Medical and sanitary report of the native army of Bengal for the year
Year: 1875
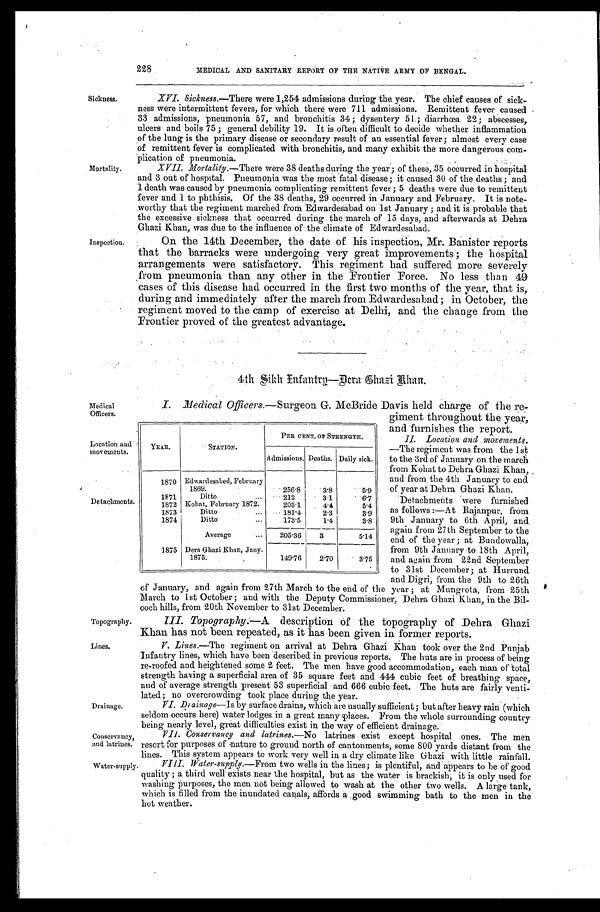
Topography
Lines.
228 MEDICAL AND SANITARY REPORT OF THE NATIVE ARMY OF BENGAL.
Sickness.
Mortality.
Inspection.
XVI. Sickness.—There were 1,254 admissions during the year. The chief causes of sick-
ness were intermittent fevers, for which there were 711 admissions. Remittent fever caused
33 admissions, pneumonia 57, and bronchitis 34; dysentery 51; diarrhœa 22; abscesses,
ulcers and boils 75; general debility 19. It is often difficult to decide whether inflammation
of the lung is the primary disease or secondary result of an essential fever; almost every case
of remittent fever is complicated with bronchitis, and many exhibit the more dangerous com-
plication of pneumonia.
XVII. Mortality.— T h e r e w e r e 3 8 d e a t h s d u r i n g t h e y e a r ; o f t h e s e , 3 5 o c c u r r e d i n h o s p i t a l
and 3 out of hospital. Pneumonia was the most fatal disease; it caused 30 of the deaths; and
1 death was caused by pneumonia complicating remittent fever; 5 deaths were due to remittent
fever and 1 to phthisis. Of the 38 deaths, 29 occurred in January and February. It is note-
worthy that the regiment marched froth Edwardesabad on 1st January; and it is probable that
the excessive sickness that occurred during the march of 15 days, and afterwards at Dehra
Ghazi Khan was due to the influence of Abe climate of Edwardesahad.
On the 14th December, the date of his inspection, Mr. Banister reports
that the barracks were undergoing very great improvements; the hospital
arrangements were satisfactory. This regiment bad suffered more severely
from pneumonia than any other in the Frontier Force. No less than 49
cases of this disease had occurred in the first two months of the year, that is,
during and immediately after the march from Edwardesabad; in October, the
regiment moved to the camp of exercise at Delhi, and the change from the
Frontier proved of the greatest advantage.
Medical
Officers.
Location and
movements.
Detachments.
Drainage.
Conservancy,
and latrines.
4th Sikh Infantry—
Dera Ghazi Khan.
I. Medical Officers. —Surgeon G. McBride Davis held charge of the re-
giment throughout the year,
and furnishes the report.
II. Location and movements.
—The regiment was from the 1st
to the 3rd of January on the march
from Kohat to Dehra Ghazi Khan,
and from the 4th January to end
of year at Debra Ghazi Khan.
Detachments were furnished
as follows:—At Rajanpur, from
9th January to 6th April, and
again from 27th September to the
end of the year; at Bundowalla,
from 9th January to 18th April,
and again from 22nd September
to 31st December; at Hurrund
and Digri, from the 9th to 26th
of January, and again from 27th March to the end of the year; at Mungrota, from 25th
March to 1st October; and with the Deputy Commissioner, Dehra Ghazi in the Bil-
o o c h h i l l s , F r o m 2 0 t h N o v e m b e r t o 3 1 a t D e c e m b e r .
III. Topography. —A description of the topography of Debra Ghazi
Khan has not been repeated, as it has been given in former reports.
V. Lines.—The regiment on arrival at Dehra Ghazi Khan took over the 2nd Punjab
Infantry lines, which have been described in previous reports. The huts are in process of being
re-roofed and heightened some 2 feet. The men have good accommodation, each man of total
strength having a superficial area of 35 square feet and 444 cubic feet of breathing space,
and of average strength present 53 superficial and 666 cubic feet. The huts are fairly venti
-
lated; no overcrowding took Place during the year.
VI. Drainage—Is by surface drains, which are usually sufficient; but after heavy rain (which
seldom occurs here) water lodges in a great many places. From the whole surrounding country
being nearly level, great difficulties exist in the way of efficient drainage.
VII. Conservancy and latrines. —No latrines exist except hospital ones. The men
resort for purposes of nature to ground north of cantonments, some 800 yards distant from the
lines. This system appears to work very well in a dry climate like Ghazi with little rainfall.
YEAR.
STATION.
PER CENT. OT STRENGTH.
Admissions. Deaths. Daily sick.
1870 Edwardesabed, February
1869.
256.8
3.8
5.9
1871
Ditto
212
3.1
6.7
1872 Kohat, February 1872.
203.1
4.4
5.4
1873
Ditto
181.4
2.3
3.9
1874
Ditto
173.5
1.4
3.8
Average
205.36
3
5.14
1875 Dera Ghazi Khan, Jany.
1875.
149.76 2.70
3.75
Water-supply
VIII. Water-supply.—From two wells in the lines; is plentiful, and appears to be of good
quality; a third well exists near the hospital, but as the water is brackish, it is only used for
washing purposes, the men not being allowed to wash at the other two wells. A large tank,
which is filled from the inundated canals, affords a . good swimming bath to the men in the
hot weather.